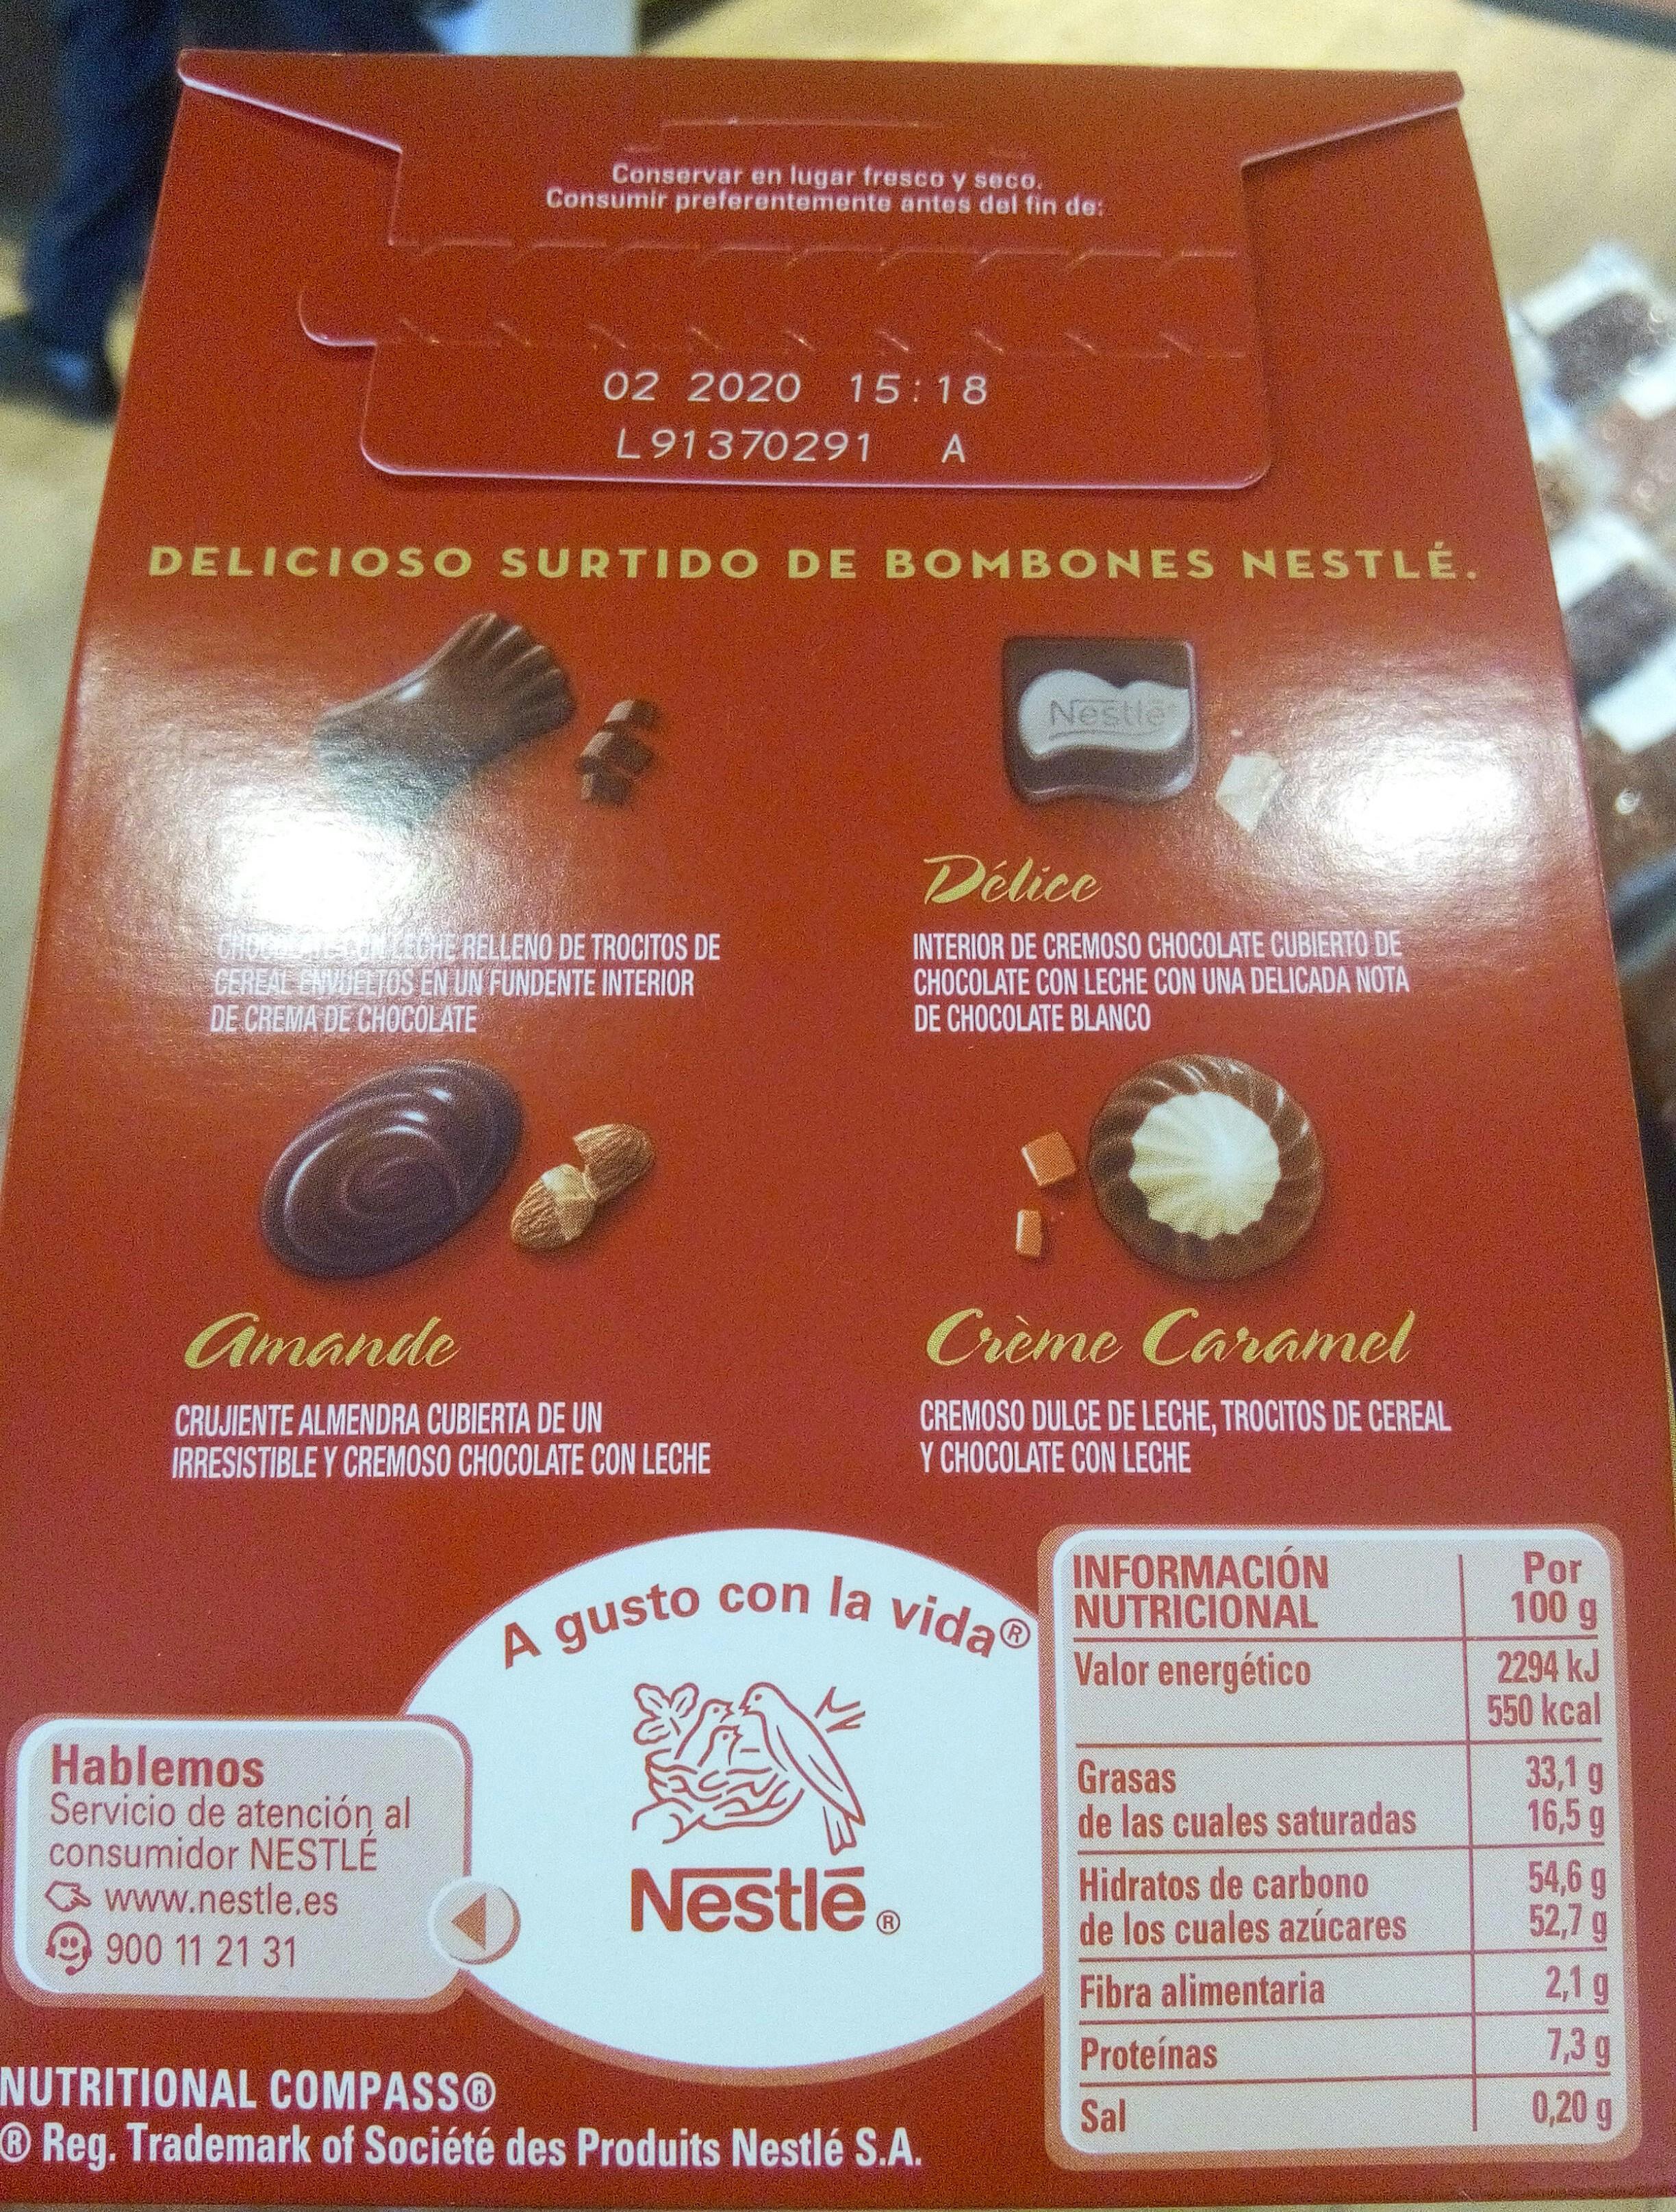
Conservar en lugar fresco y seco. Consumir preferentemente antes del fin de: 15 18 02 2020 L91370291 A DELICIOSO SURTIDO DE BOMBONES NESTLÉ. Nestte Delice INTERIOR DE CREMOSO CHOCOLATE CUBIERTO DE CHOCOLATE CON LECHE CON UNA DELICADA NOTA DE CHOCOLATE BLANCO GHCCDEATE T ON CHE RELLENO DE TROCITOS DE CEREAL ENVDELTOS EN UN FUNDENTE INTERIOR DE CREMA DE CHOCOLATE Creme Caramel amande CREMOSO DULCE DE LECHE, TROCITOS DE CEREAL Y CHOCOLATE CON LECHE CRUJIENTE ALMENDRA CUBIERTA DE UN IRRESISTIBLE Y CREMOSO CHOCOLATE CON LECHE INFORMACIÓN NUTRICIONAL Por 100 g A gusto con la vida Valor energético R 2294 kJ 550 kcal Hablemos Servicio de atención al consumidor NESTLE www.nestle.es 33,1 g 16,5 g Grasas de las cuales saturadas 54,6 g 52,7 g Nestle Hidratos de carbono de los cuales azúcares 900 11 21 31 21 g 13 g 0,20 g Fibra alimentaria Proteínas NUTRITIONAL COMPASS® Reg. Trademark of Société des Produits Nestlé S.A. Sal